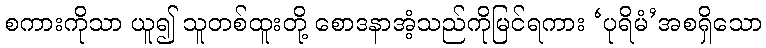
စကားကိုသာ ယူ၍ သူတစ်ထူးတို့ စောဒနာအံ့သည်ကိုမြင်ရကား ‘ပုရိမံ’အစရှိသော